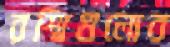
রশ্মিগুলোর